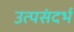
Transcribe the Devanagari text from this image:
उत्पसंदर्भ